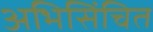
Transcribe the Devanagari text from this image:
अभिसिंचित